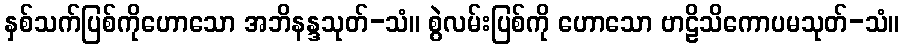
နှစ်သက်ပြစ်ကိုဟောသော အဘိနန္ဒသုတ်-သံ။ စွဲလမ်းပြစ်ကို ဟောသော ဗာဠိသိကောပမသုတ်-သံ။